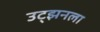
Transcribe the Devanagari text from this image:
उट्झनला